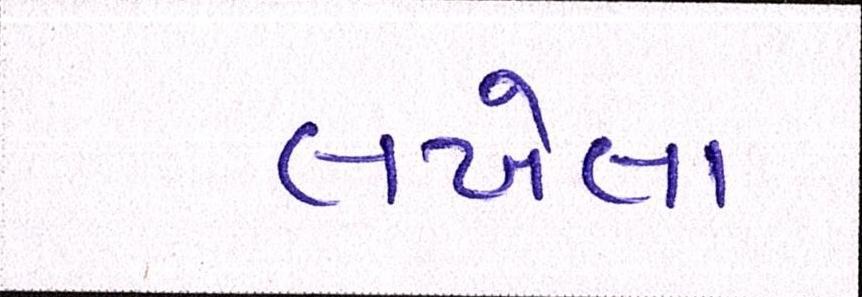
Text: લખેલા